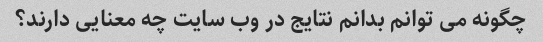
چگونه می توانم بدانم نتایج در وب سایت چه معنایی دارند؟